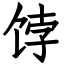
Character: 饽